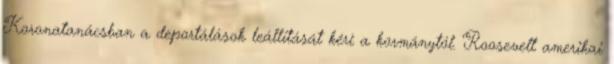
Koronatanácsban a deportálások leállítását kéri a kormánytól. Roosevelt amerikai